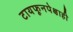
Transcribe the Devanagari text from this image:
टायफूनपेक्षाही